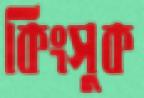
কিংসুক